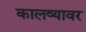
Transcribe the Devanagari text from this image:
कालव्यावर